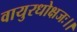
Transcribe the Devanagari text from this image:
वायुरधोक्षजः।।